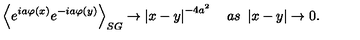
\left\langle e ^ { i a \varphi \left( x \right) } e ^ { - i a \varphi \left( y \right) } \right\rangle _ { S G } \rightarrow \left| x - y \right| ^ { - 4 a ^ { 2 } } \quad a s \ \left| x - y \right| \rightarrow 0 .